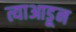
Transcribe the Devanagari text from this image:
त्याआडून